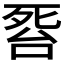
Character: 𱥎